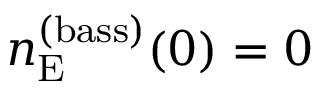
n _ { \mathrm { E } } ^ { ( \mathrm { b a s s } ) } ( 0 ) = 0